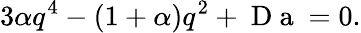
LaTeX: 3\alpha q^{4}-(1+\alpha)q^{2}+\mathrm{~D~a~}=0.